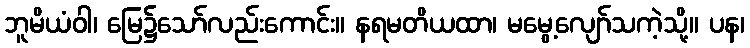
ဘူမိယံဝါ၊ မြေ၌သော်လည်းကောင်း။ နရမတိယထာ၊ မမွေ့လျော်သကဲ့သို့။ ပန၊